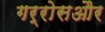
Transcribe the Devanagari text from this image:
गर्रोसऔर